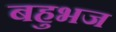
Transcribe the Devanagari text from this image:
बहुभज